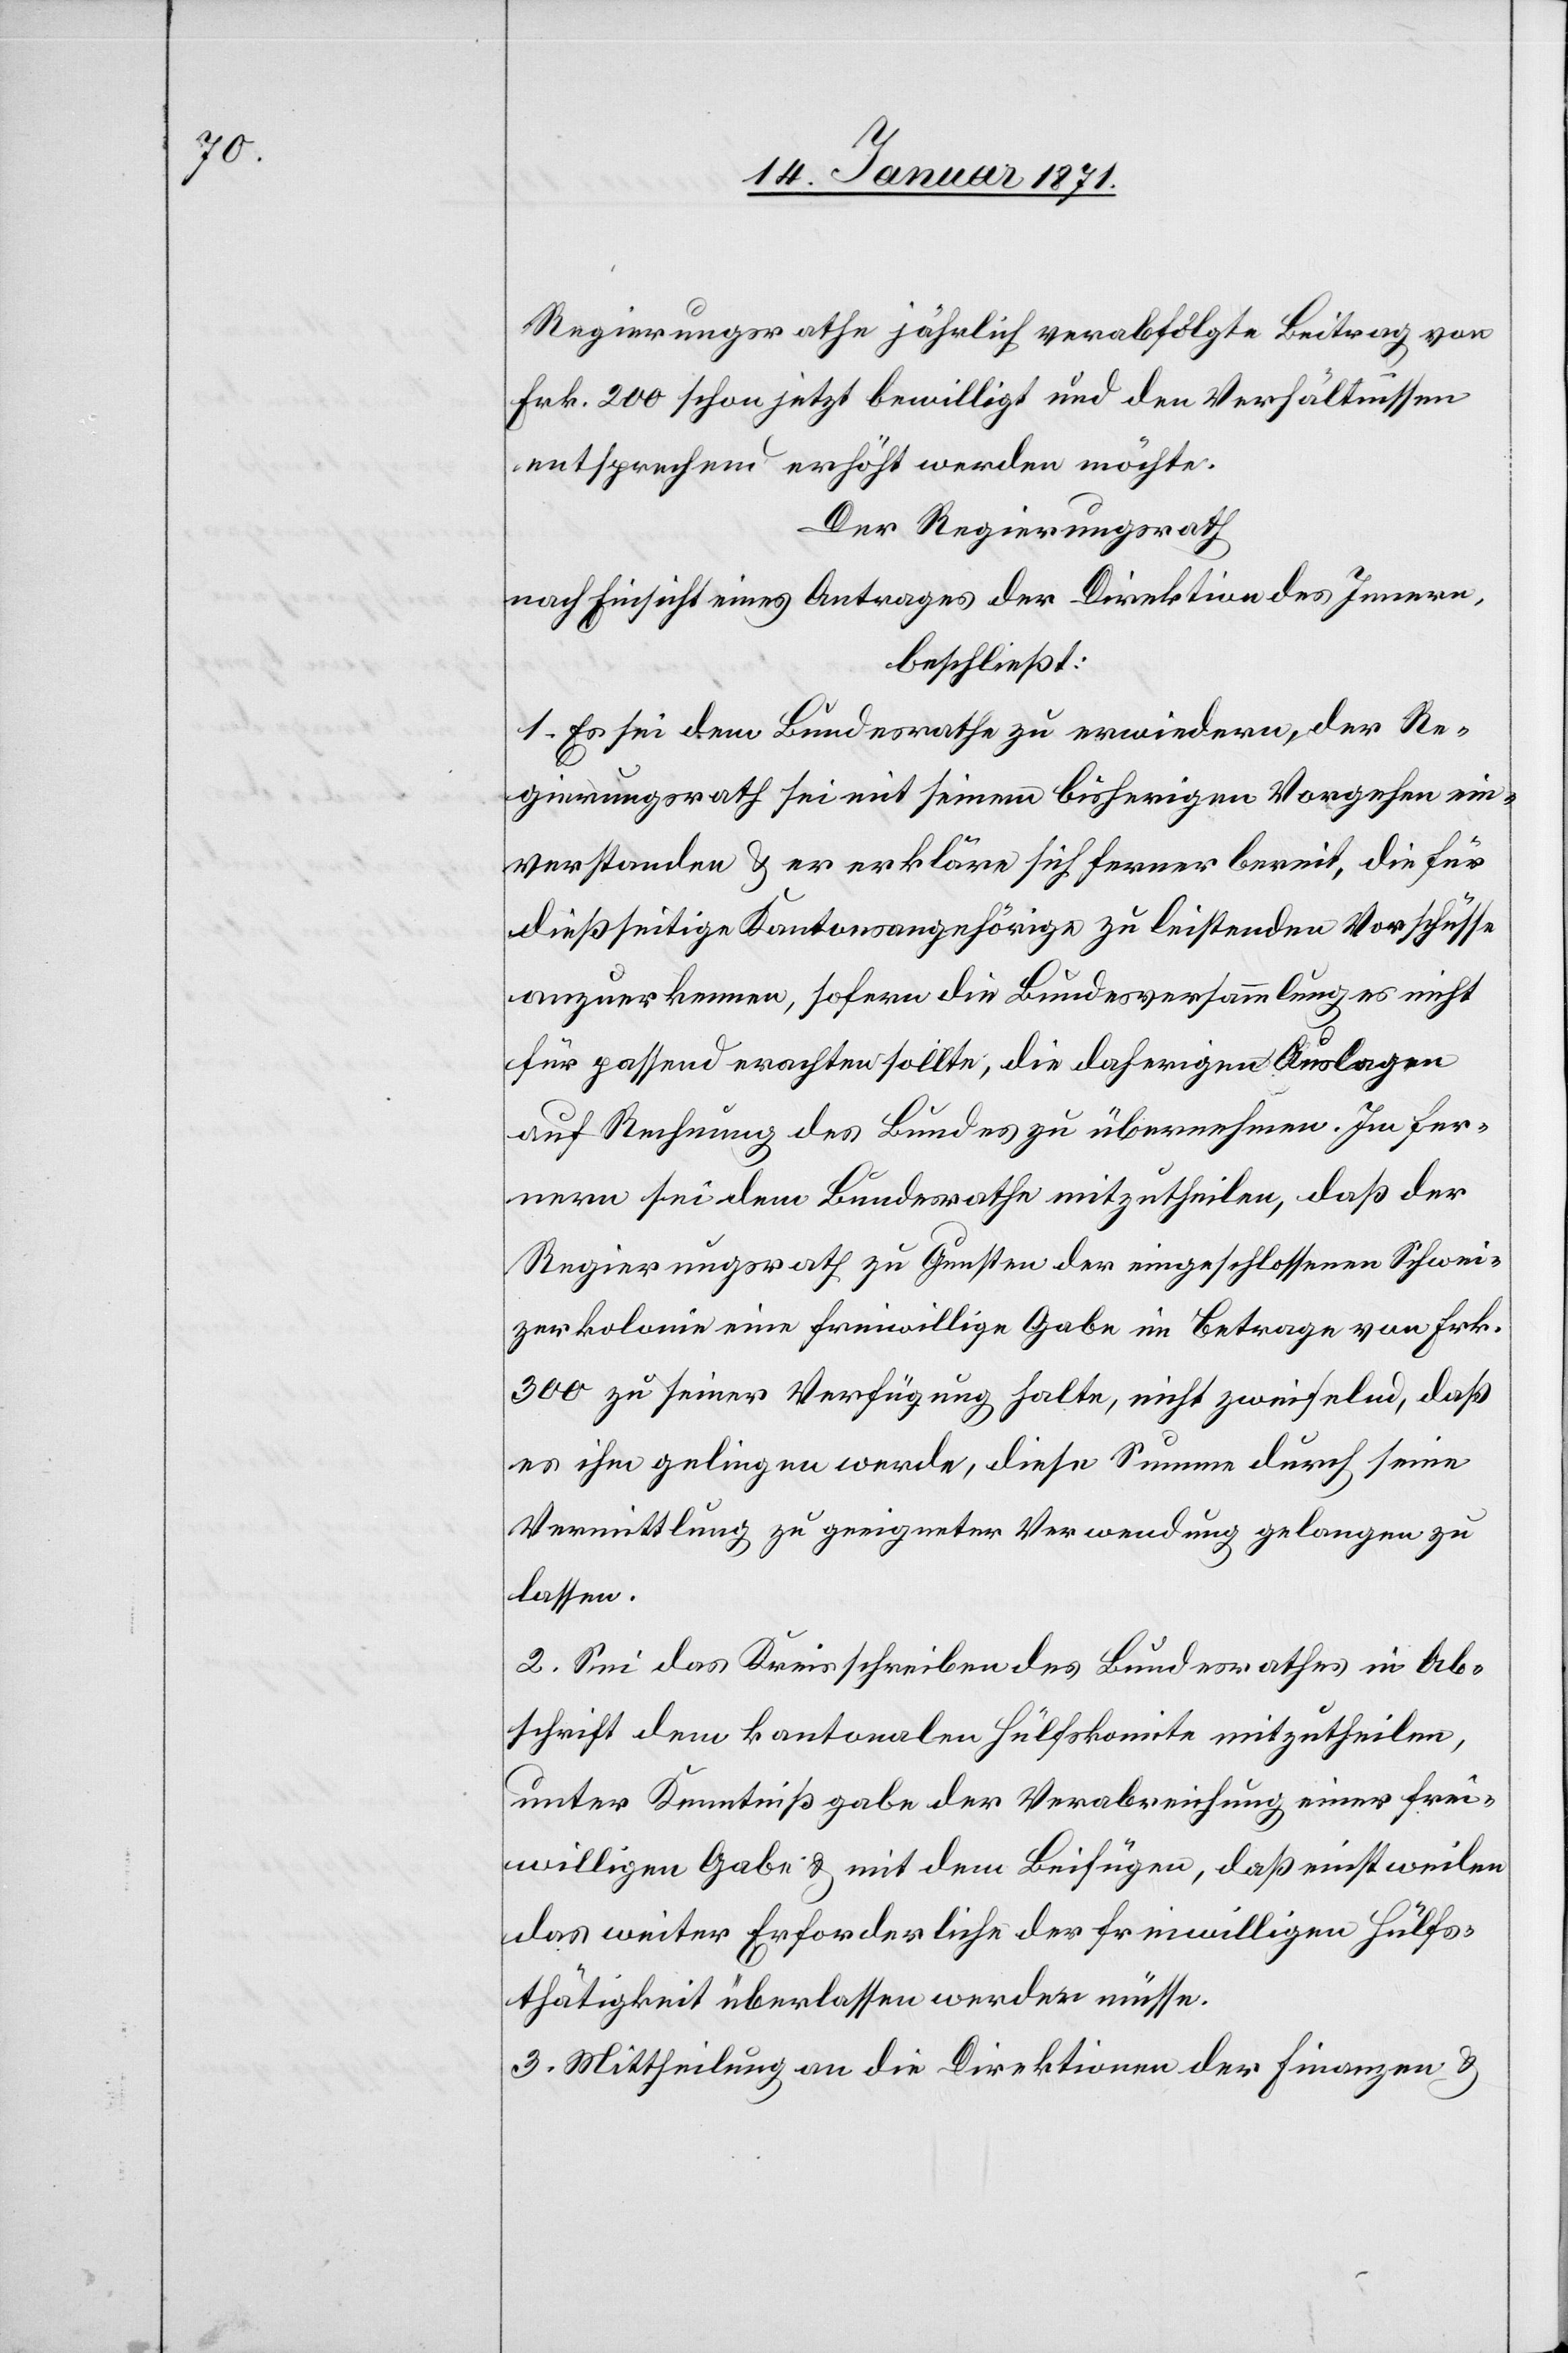
Regierungsrathe jährlich verabfolgte Beitrag von
Frk. 200 schon jetzt bewilligt und den Verhältnissen
entsprechend erhöht werden möchte.
Der Regierungsrath
nach Einsicht eines Antrages der Direktion des Innern,
beschließt:
1. Es sei dem Bundesrathe zu erwiedern, der Re¬
gierungsrath sei mit seinem bisherigen Vorgehen ein¬
verstanden u. er erkläre sich ferner bereit, die für
dießseitige Kantonsangehörige zu leistenden Vorschüsse
anzuerkennen, sofern die Bundesversammlung es nicht
für passend erachten solle, die daherigen Auslagen
auf Rechnung des Bundes zu übernehmen. Im Fer¬
nern sei dem Bundesrahte mitzutheilen, daß der
Regierungsrath zu Gunsten der eingeschlossenen Schwei¬
zerkolonie eine freiwillige Gabe im Betrage von Frk.
300 zu seiner Verfügung halte, nicht zweifelnd, daß
es ihm gelingen werde, diese Summe durch seine
Vermittlung zu geeigneter Verwendung gelangen zu
lassen.
2. Sei das Kreisschreiben des Bundesrathes in Ab¬
schrift dem kantonalen Hülfskomite mitzutheilen,
unter Kenntnißgabe der Verabreichung einer frei¬
willigen Gabe u. mit dem Beifügen, daß einstweilen
das weiter Erforderliche der freiwilligen Hülfs¬
thätigkeit überlassen werden müsse.
3. Mittheilung an die Direktion der Finanzen u.